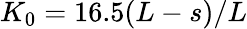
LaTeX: K_{0}=16.5(L-s)/L